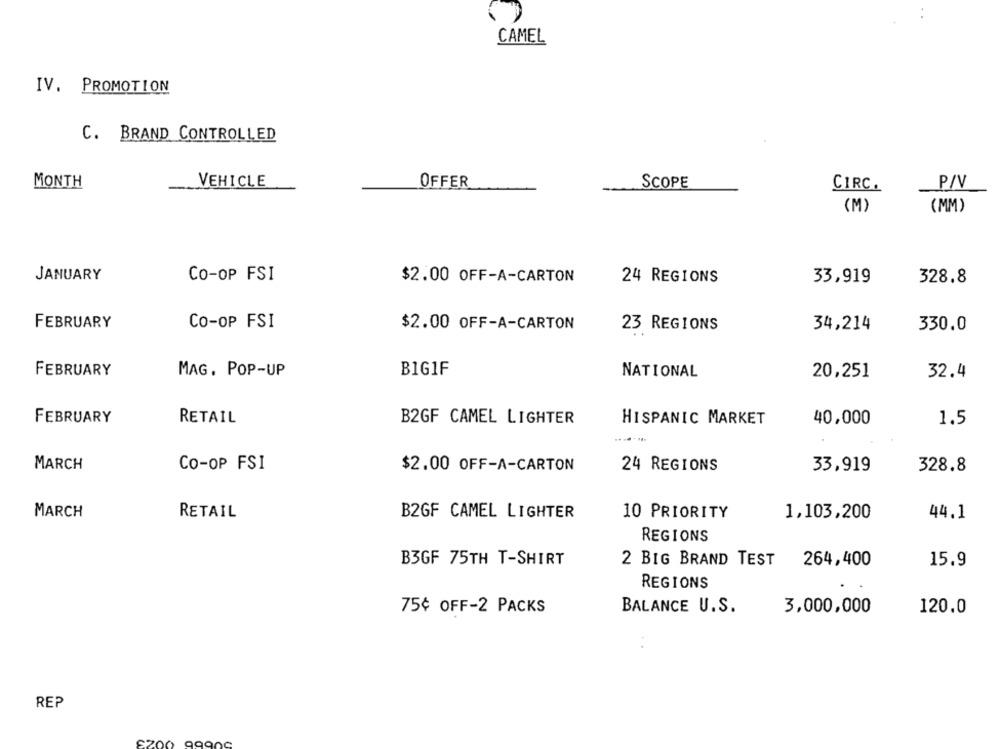
CAMEL
IV. PROMOTION
C. BRAND CONTROLLED
MONTH
VEHICLE
OFFER
SCOPE
P/V
CIRC.
(M)
(MM)
JANUARY
CO-OP FSI
$2.00 OFF-A-CARTON
24 REGIONS
33,919
328.8
FEBRUARY
CO-OP FSI
$2.00 OFF-A-CARTON
23 REGIONS
34,214
330.0
FEBRUARY
MAG. POP-UP
BIG1F
NATIONAL
20,251
32.4
FEBRUARY
RETAIL
B2GF CAMEL LIGHTER
HISPANIC MARKET
40,000
1.5
MARCH
CO-OP FSI
$2.00 OFF-A-CARTON
24 REGIONS
33,919
328.8
MARCH
RETAIL
B2GF CAMEL LIGHTER
10 PRIORITY
1,103,200
44.1
REGIONS
B3GF 75TH T-SHIRT
2 BIG BRAND TEST
15.9
264,400
REGIONS
75¢ OFF-2 PACKS
BALANCE U.S.
3,000,000
120.0
REP
SZO(
9990C